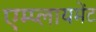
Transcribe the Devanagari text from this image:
एम्प्लायमेंट